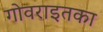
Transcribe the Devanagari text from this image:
गोवराइतका